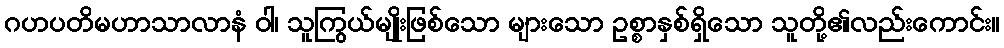
ဂဟပတိမဟာသာလာနံ ဝါ၊ သူကြွယ်မျိုးဖြစ်သော များသော ဥစ္စာနှစ်ရှိသော သူတို့၏လည်းကောင်း။